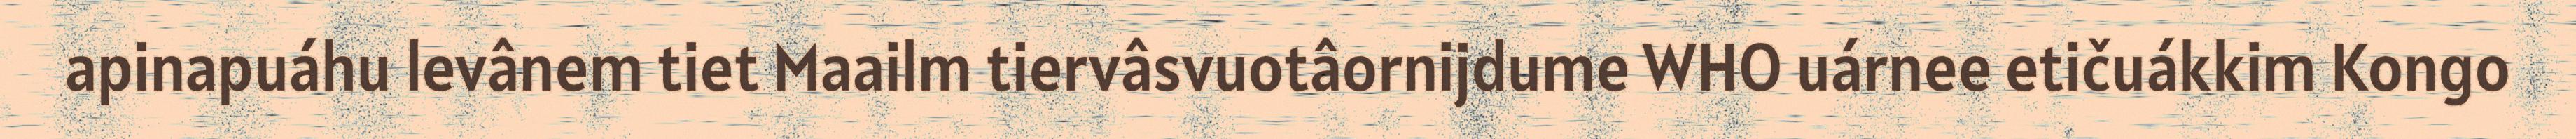
apinapuáhu levânem tiet Maailm tiervâsvuotâornijdume WHO uárnee etičuákkim Kongo